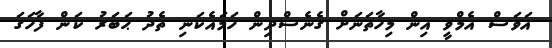
އަވަސް އެމްވީ އިން މިހާތަނަށް ގެނެސްދިން ހަމައެކަނި ތެދު ޙަބަރު ކަން ފާހަގަ